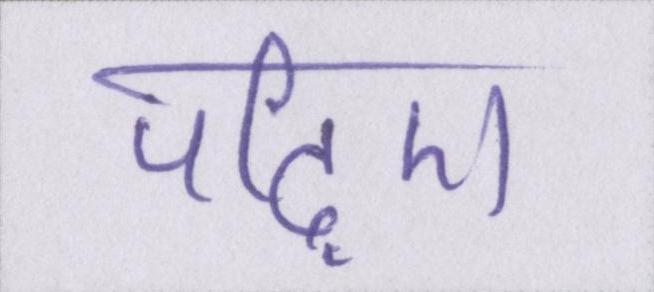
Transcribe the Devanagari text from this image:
पढ़िए